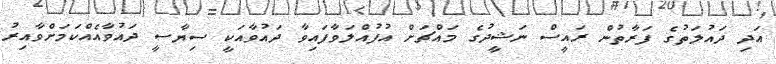
އަދި ދައުލަތުގެ ފަރާތުން ރައީސް ނަޝީދުގެ މައްޗަށް އުފުއްލަވާފައިވާ ދައުވާއަކީ ސިޔާސީ ދައުވާއެއްކަމަށްވާއިރު